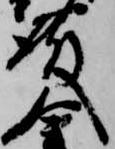
殿